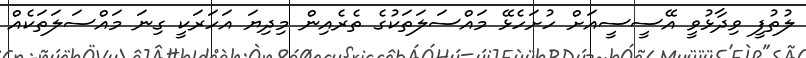
ލުތުފީ ވިދާޅުވީ އޭސީސީއަށް ހުށަހެޅޭ މައްސަލަތަކުގެ ތެރެއިން މިދިޔަ އަހަރަކީ ގިނަ މައްސަލަތަކެއް